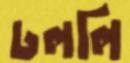
ঢললি